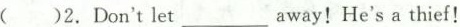
( )2.Don't let ___away!He's a thief!